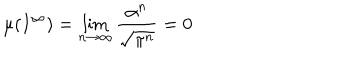
LaTeX: \mu ( I ^ { \infty } ) = \lim _ { n \rightarrow \infty } \frac { \alpha ^ { n } } { \sqrt { \pi ^ { n } } } = 0